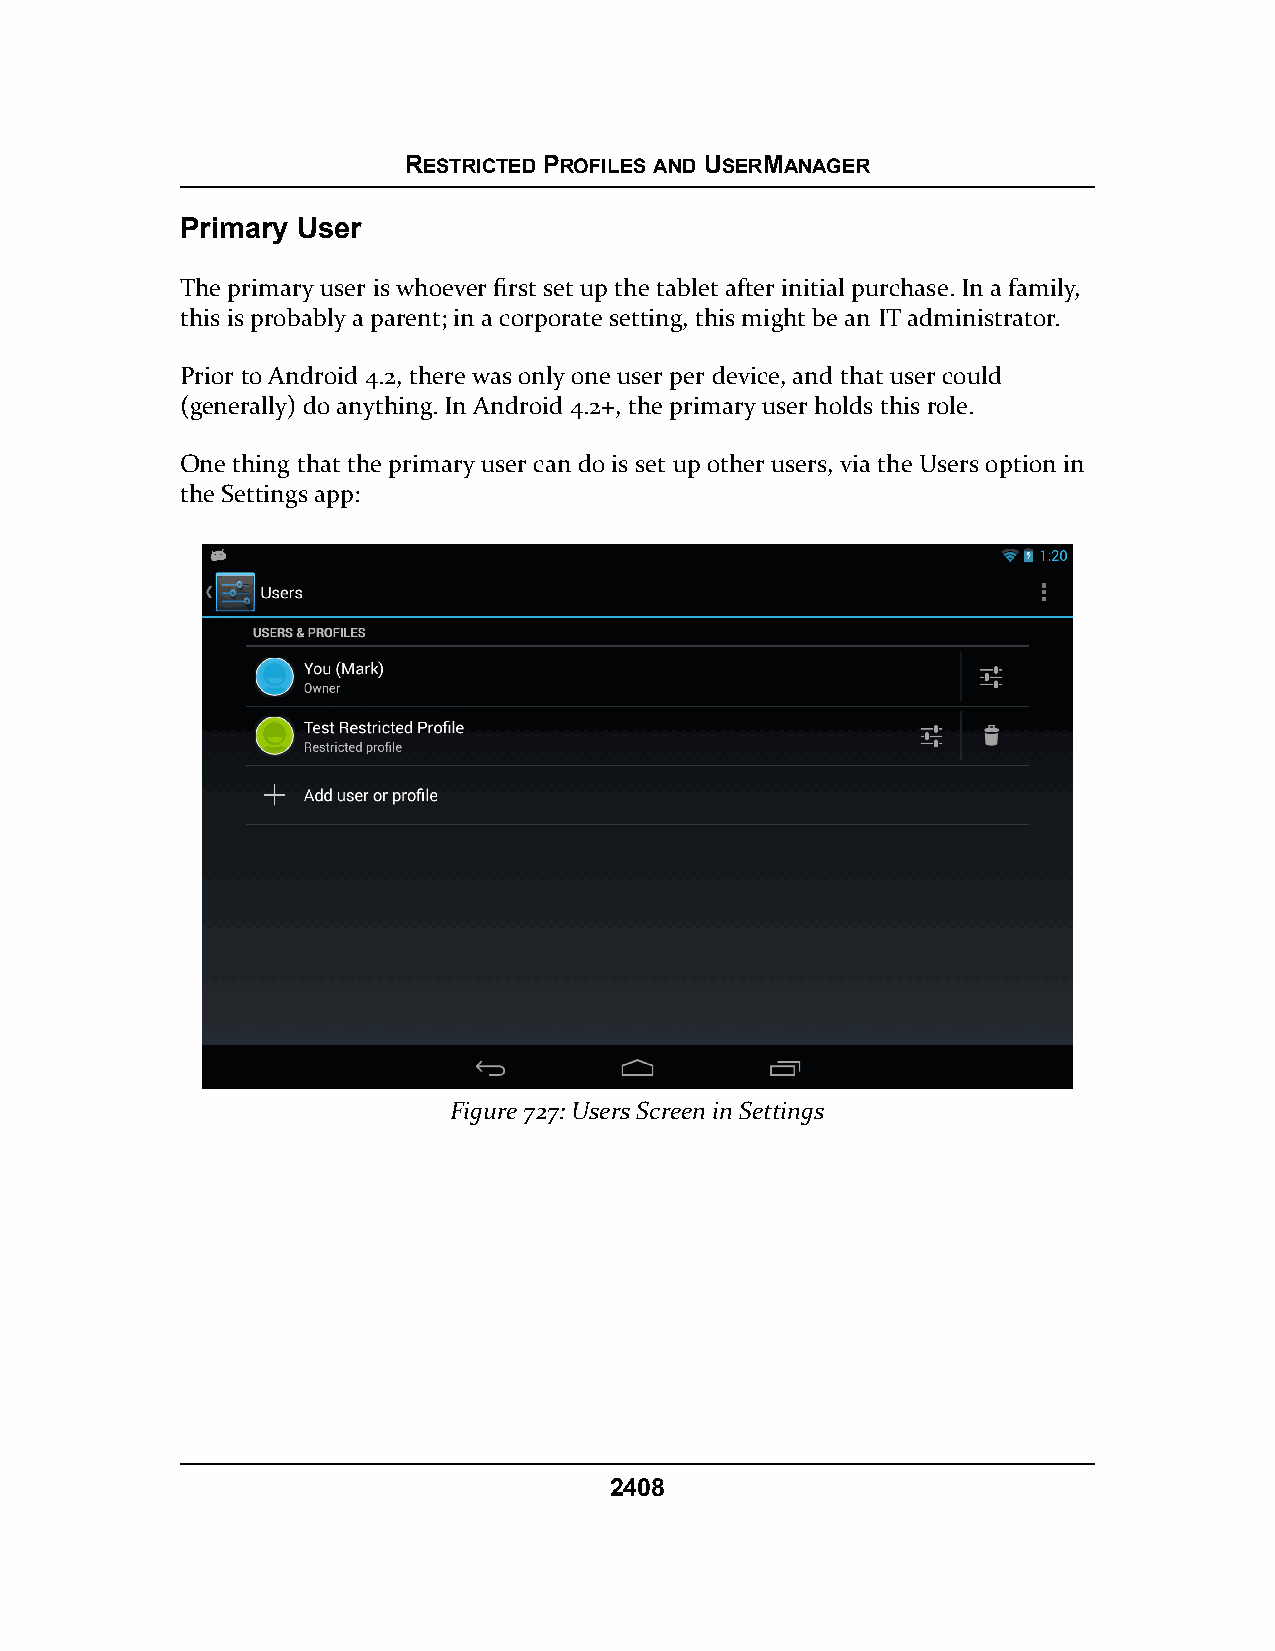
RESTRICTED PROFILES AND USERMANAGER
 Primary User
 The primary user is whoever first set up the tablet after initial purchase. In a family,
 this is probably a parent; in a corporate setting, this might be an IT administrator.
 Prior to Android 4.2, there was only one user per device, and that user could
 (generally) do anything. In Android 4.2+, the primary user holds this role.
 One thing that the primary user can do is set up other users, via the Users option in
 the Settings app:
 Figure 727: Users Screen in Settings
 2408